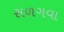
સળગવા